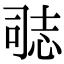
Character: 𭝝